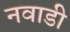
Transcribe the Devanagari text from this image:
नवाडी